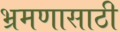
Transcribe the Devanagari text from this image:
भ्रमणासाठी